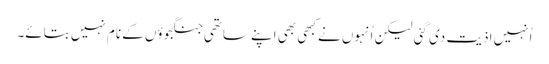
اُنہیں اذیت دی گئی لیکن اُنہوں نے کبھی بھی اپنے ساتھی جنگجوؤں کے نام نہیں بتائے۔